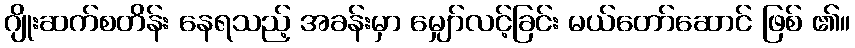
ဂျိုးဆက်စတိန်း နေရသည့် အခန်းမှာ မျှော်လင့်ခြင်း မယ်တော်ဆောင် ဖြစ် ၏။